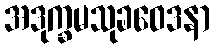
အဒုက္ခမသုခဝေဒနာ